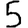
Digit: 5